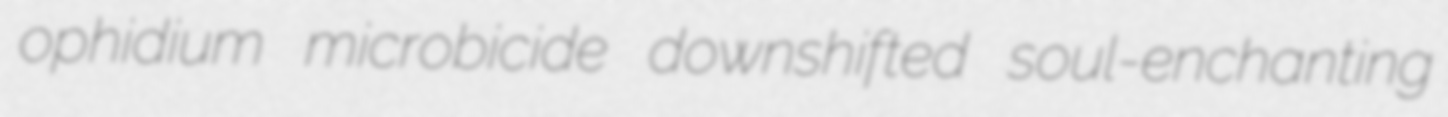
ophidium microbicide downshifted soul-enchanting